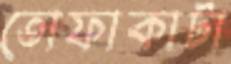
তোফাকাটা